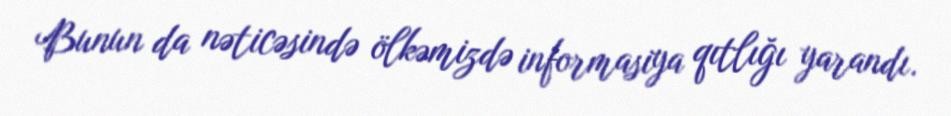
Bunun da nəticəsində ölkəmizdə informasiya qıtlığı yarandı.